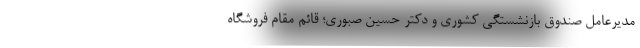
مدیرعامل صندوق بازنشستگی کشوری و دکتر حسین صبوری؛ قائم مقام فروشگاه